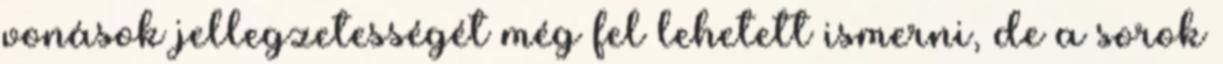
vonások jellegzetességét még fel lehetett ismerni, de a sorok